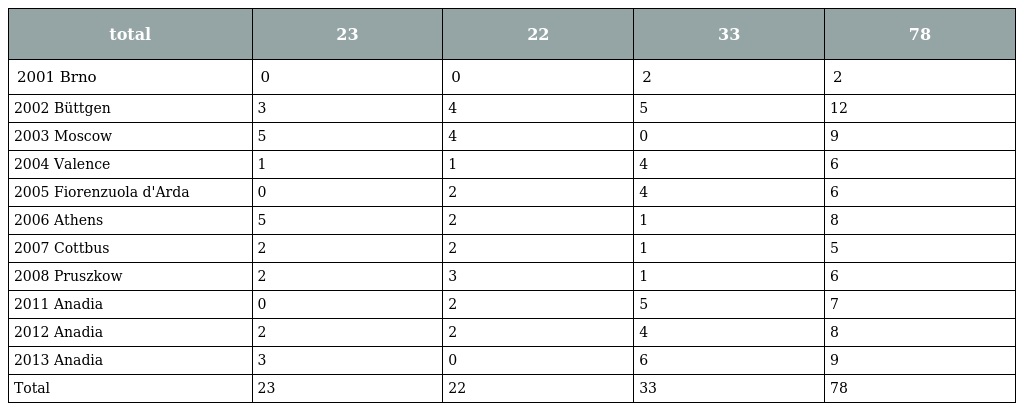
| total | 23 | 22 | 33 | 78 |
 | --- | --- | --- | --- | --- |
 | 2001 Brno | 0 | 0 | 2 | 2 |
 | 2002 Büttgen | 3 | 4 | 5 | 12 |
 | 2003 Moscow | 5 | 4 | 0 | 9 |
 | 2004 Valence | 1 | 1 | 4 | 6 |
 | 2005 Fiorenzuola d'Arda | 0 | 2 | 4 | 6 |
 | 2006 Athens | 5 | 2 | 1 | 8 |
 | 2007 Cottbus | 2 | 2 | 1 | 5 |
 | 2008 Pruszkow | 2 | 3 | 1 | 6 |
 | 2011 Anadia | 0 | 2 | 5 | 7 |
 | 2012 Anadia | 2 | 2 | 4 | 8 |
 | 2013 Anadia | 3 | 0 | 6 | 9 |
 | Total | 23 | 22 | 33 | 78 |